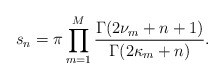
\begin{align*}s_n=\pi\prod_{m=1}^M\frac{\Gamma(2\nu_m+n+1)}{\Gamma(2\kappa_m+n)}.\end{align*}